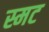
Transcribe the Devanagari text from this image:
स्मट